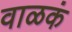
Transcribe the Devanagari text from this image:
वाळकं